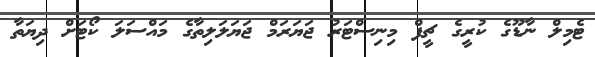
ޓެމިލް ނާޑޫގެ ކުރީގެ ޗީފް މިނިސްޓަރު ޖަޔަރަމް ޖަޔަލަލިތާގެ މައްސަަލަ ކޯޓަށް ދިޔަތާ